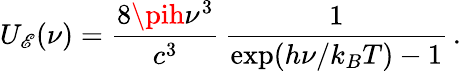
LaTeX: U_{\mathscr{E}}(\nu)=\frac{{8\pih\nu^{3}}}{{c^{3}}}\, \frac{{1}}{{\exp(h\nu/k_{B}T)-1}}\, .